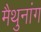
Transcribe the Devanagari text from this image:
मैथुनांग